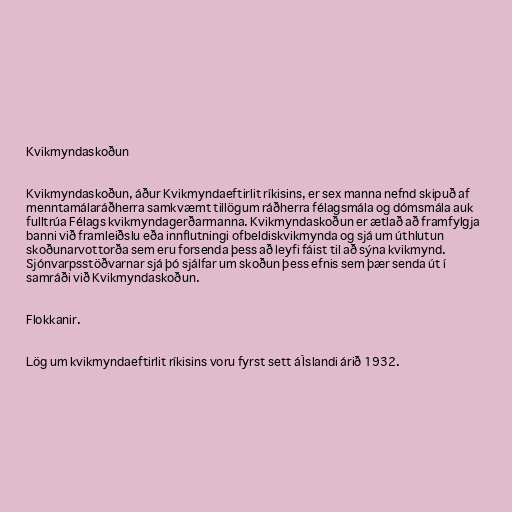
Kvikmyndaskoðun

Kvikmyndaskoðun, áður Kvikmyndaeftirlit ríkisins, er sex manna nefnd skipuð af
menntamálaráðherra samkvæmt tillögum ráðherra félagsmála og dómsmála auk
fulltrúa Félags kvikmyndagerðarmanna. Kvikmyndaskoðun er ætlað að framfylgja
banni við framleiðslu eða innflutningi ofbeldiskvikmynda og sjá um úthlutun
skoðunarvottorða sem eru forsenda þess að leyfi fáist til að sýna kvikmynd.
Sjónvarpsstöðvarnar sjá þó sjálfar um skoðun þess efnis sem þær senda út í
samráði við Kvikmyndaskoðun.

Flokkanir.

Lög um kvikmyndaeftirlit ríkisins voru fyrst sett á Íslandi árið 1932.